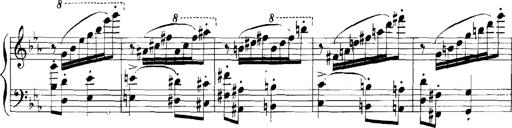
Title: Rhapsodies hongroises
Composer: Franz Liszt